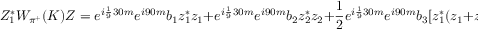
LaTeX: Z _ { 1 } ^ { * } W _ { \pi ^ { + } } ( K ) Z = e ^ { i \frac 1 9 3 0 m } e ^ { i 9 0 m } b _ { 1 } z _ { 1 } ^ { * } z _ { 1 } + e ^ { i \frac 1 9 3 0 m } e ^ { i 9 0 m } b _ { 2 } z _ { 2 } ^ { * } z _ { 2 } + \frac 1 2 e ^ { i \frac 1 9 3 0 m } e ^ { i 9 0 m } b _ { 3 } [ z _ { 1 } ^ { * } ( z _ { 1 } + z _ { 2 } ) + z _ { 1 } ^ { * } ( z _ { 1 } + z _ { 2 } ) ]